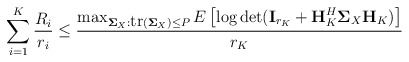
\begin{align*} \sum_{i=1}^K\frac{R_i}{r_i}\leq \frac{\max_{\mathbf{\Sigma}_{X}:\mbox{tr}(\mathbf{\Sigma}_{X})\leq P}E\left[\log \det(\textbf{I}_{r_K}+\textbf{H}_K^H\mathbf{\Sigma}_X\textbf{H}_K)\right]}{r_K}\end{align*}